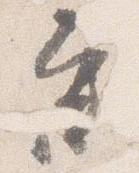
参